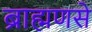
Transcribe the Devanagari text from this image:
ब्राह्मणसे